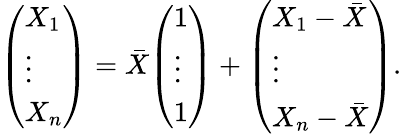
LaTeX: {\left(\begin{array}{l}{X_{1}}\\ {\vdots}\\ {X_{n}}\end{array}\right)}={\bar{X}}{\left(\begin{array}{l}{1}\\ {\vdots}\\ {1}\end{array}\right)}+{\left(\begin{array}{l}{X_{1}-{\bar{X}}}\\ {\vdots}\\ {X_{n}-{\bar{X}}}\end{array}\right)}.